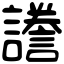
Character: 𧬸